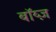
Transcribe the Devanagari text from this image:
बॉय्ज़